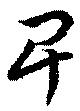
卑